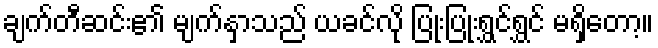
ချက်တီဆင်း၏ မျက်နှာသည် ယခင်လို ပြုံးပြုံးရွှင်ရွှင် မရှိတော့။